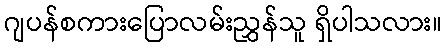
ဂျပန်စကားပြောလမ်းညွှန်သူ ရှိပါသလား။